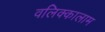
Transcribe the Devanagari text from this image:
वलिक्कालाम